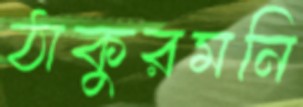
ঠাকুরমনি